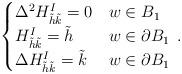
LaTeX: \begin{align*}\begin{cases}\Delta^{2}H_{\tilde{h}\tilde{k}}^{I}=0 & w\in B_{1} \\H_{\tilde{h}\tilde{k}}^{I}=\tilde{h}& w\in \partial B_{1}\\\Delta H_{\tilde{h}\tilde{k}}^{I}=\tilde{k}& w\in \partial B_{1}\\\end{cases}\,.\end{align*}